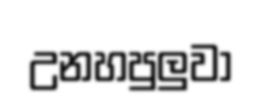
උනහපුලුවා